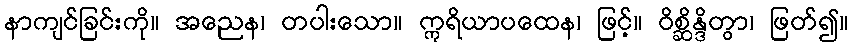
နာကျင်ခြင်းကို။ အညေန၊ တပါးသော။ ဣရိယာပထေန၊ ဖြင့်။ ဝိစ္ဆိန္ဒိတွာ၊ ဖြတ်၍။